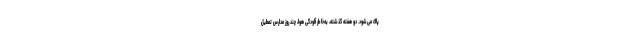
پاك مى‌شود. دو هفته گذشته، به‌خاطر آلودگى هوا، چند روز مدارس تعطیل